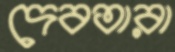
দেবতারা